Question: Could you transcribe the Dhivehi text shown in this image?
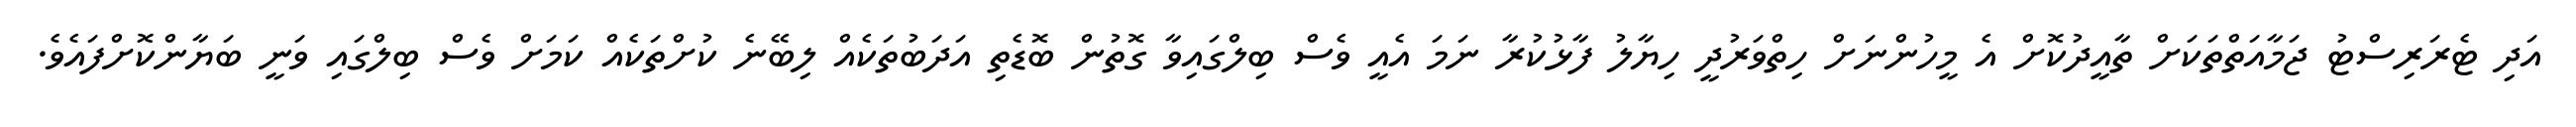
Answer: އަދި ޓެރަރިސްޓު ޖަމާއަތްތަކަށް ތާއީދުކޮށް އެ މީހުންނަށް ހިތްވަރުދީ ހިޔާލު ފާޅުކުރާ ނަމަ އެއީ ވެސް ބިލްގައިވާ ގޮތުން ބޮޑެތި އަދަބުތަކެއް ލިބޭނެ ކުށްތަކެއް ކަމަށް ވެސް ބިލްގައި ވަނީ ބަޔާންކޮށްފައެވެ.